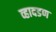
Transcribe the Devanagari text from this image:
व्हादडण